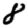
Digit: 8